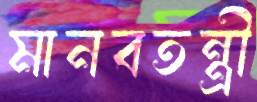
মানবতন্ত্রী